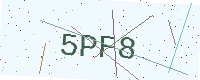
Text: 5PF8